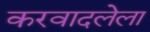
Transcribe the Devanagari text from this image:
करवादलेला